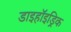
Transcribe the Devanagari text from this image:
डाइहॉइड्रिक